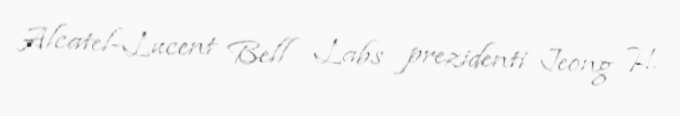
Alcatel-Lucent Bell Labs prezidenti Jeong H.